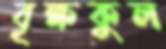
বৃক্ষকুল